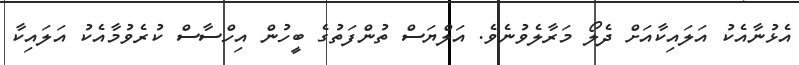
އެޅުނާއެކު އަލައިކާއަށް ދެލޯ މަރާލެވުނެވެ. އަލްޔަސް ތުންފަތުގެ ބީހުން އިހްސާސް ކުރެވުމާއެކު އަލައިކާ